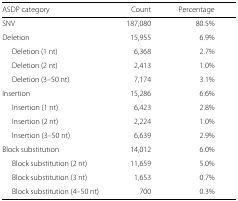
<table><thead><tr><td><b>ASDP category</b></td><td><b>Count</b></td><td><b>Percentage</b></td></tr></thead><tbody><tr><td>SNV</td><td>187,080</td><td>80.5%</td></tr><tr><td>Deletion</td><td>15,955</td><td>6.9%</td></tr><tr><td>Deletion (1 nt)</td><td>6,368</td><td>2.7%</td></tr><tr><td>Deletion (2 nt)</td><td>2,413</td><td>1.0%</td></tr><tr><td>Deletion (3–50 nt)</td><td>7,174</td><td>3.1%</td></tr><tr><td>Insertion</td><td>15,286</td><td>6.6%</td></tr><tr><td>Insertion (1 nt)</td><td>6,423</td><td>2.8%</td></tr><tr><td>Insertion (2 nt)</td><td>2,224</td><td>1.0%</td></tr><tr><td>Insertion (3–50 nt)</td><td>6,639</td><td>2.9%</td></tr><tr><td>Block substitution</td><td>14,012</td><td>6.0%</td></tr><tr><td>Block substitution (2 nt)</td><td>11,659</td><td>5.0%</td></tr><tr><td>Block substitution (3 nt)</td><td>1,653</td><td>0.7%</td></tr><tr><td>Block substitution (4–50 nt)</td><td>700</td><td>0.3%</td></tr></tbody></table>